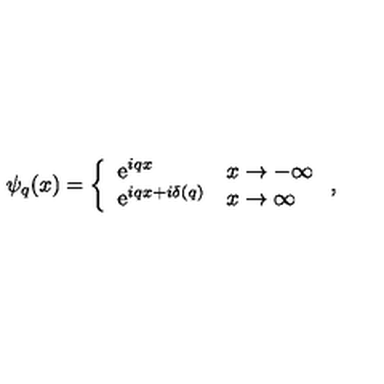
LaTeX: \psi _ { q } ( x ) = \left\{ \begin{array} { l l } { \mathrm { e } ^ { i q x } } & { x \to - \infty } \\ { \mathrm { e } ^ { i q x + i \delta ( q ) } } & { x \to \infty } \\ \end{array} \right. ,